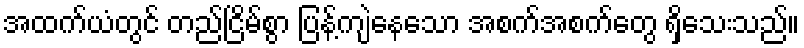
အထက်ယံတွင် တည်ငြိမ်စွာ ပြန့်ကျဲနေသော အစက်အစက်တွေ ရှိသေးသည်။